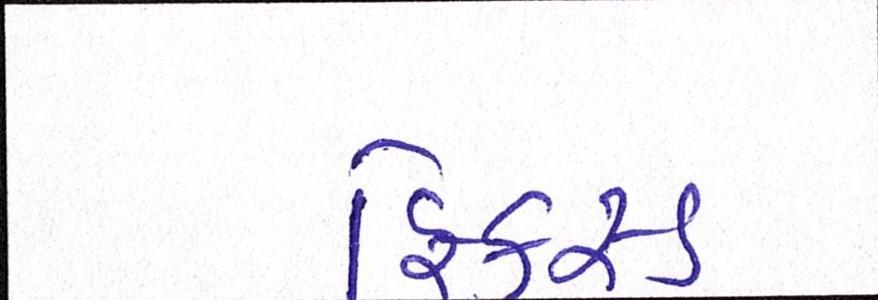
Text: ફિકસ્ડ